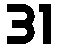
31